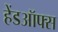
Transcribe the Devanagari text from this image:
हेंडऑफ्स